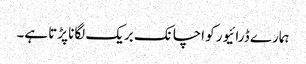
ہمارے ڈرائیور کو اچانک بریک لگانا پڑتا ہے۔